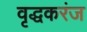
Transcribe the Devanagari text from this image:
वृद्धकरंज